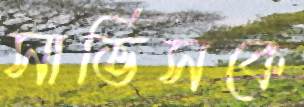
সার্ভিসকে